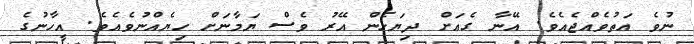
ނުވެ އަތުވެއްޖެއެވެ. އޭނާ ގެއަށް ދިޔަހެން އޭރު ވެސް ޔަމާނަށް ހިޔެއްނުވެއެވެ. އީހާނުގެ